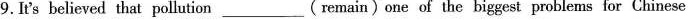
9. It's believed that pollution____(remain)one of the biggest problems for Chinese